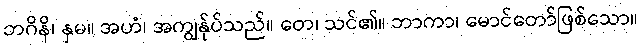
ဘဂိနိ၊ နှမ။ အဟံ၊ အကျွန်ုပ်သည်။ တေ၊ သင်၏။ ဘာကာ၊ မောင်တော်ဖြစ်သော။